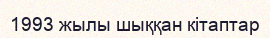
1993 жылы шыққан кітаптар